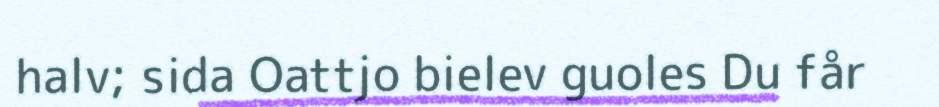
halv; sida Oattjo bielev guoles Du får